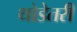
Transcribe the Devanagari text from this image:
थोडेतरी